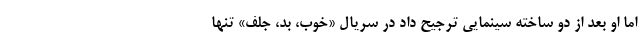
اما او بعد از دو ساخته سینمایی ترجیح داد در سریال «خوب، بد، جلف» تنها